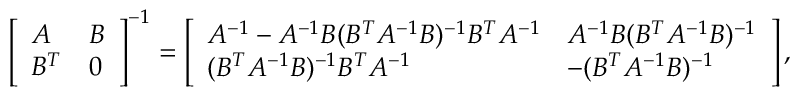
\left[ \begin{array} { l l } { A } & { B } \\ { B ^ { T } } & { 0 } \end{array} \right] ^ { - 1 } = \left[ \begin{array} { l l } { A ^ { - 1 } - A ^ { - 1 } B ( B ^ { T } A ^ { - 1 } B ) ^ { - 1 } B ^ { T } A ^ { - 1 } } & { A ^ { - 1 } B ( B ^ { T } A ^ { - 1 } B ) ^ { - 1 } } \\ { ( B ^ { T } A ^ { - 1 } B ) ^ { - 1 } B ^ { T } A ^ { - 1 } } & { - ( B ^ { T } A ^ { - 1 } B ) ^ { - 1 } } \end{array} \right] ,